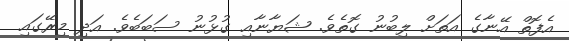
އެފޮތް އޭނާގެ އަތަށް ލިބުނު ގޮތެވެ. ޝަޔާނާއި ގުޅުނު ސަބަބެވެ. އަދި މިރޭގައި